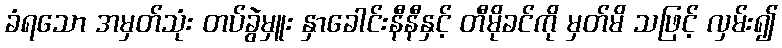
ခံရသော အမှတ်သုံး တပ်ခွဲမှူး နှာခေါင်းနီနီနှင့် တီမိုခင်ကို မှတ်မိ သဖြင့် လှမ်း၍